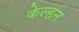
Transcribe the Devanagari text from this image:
केल्हन